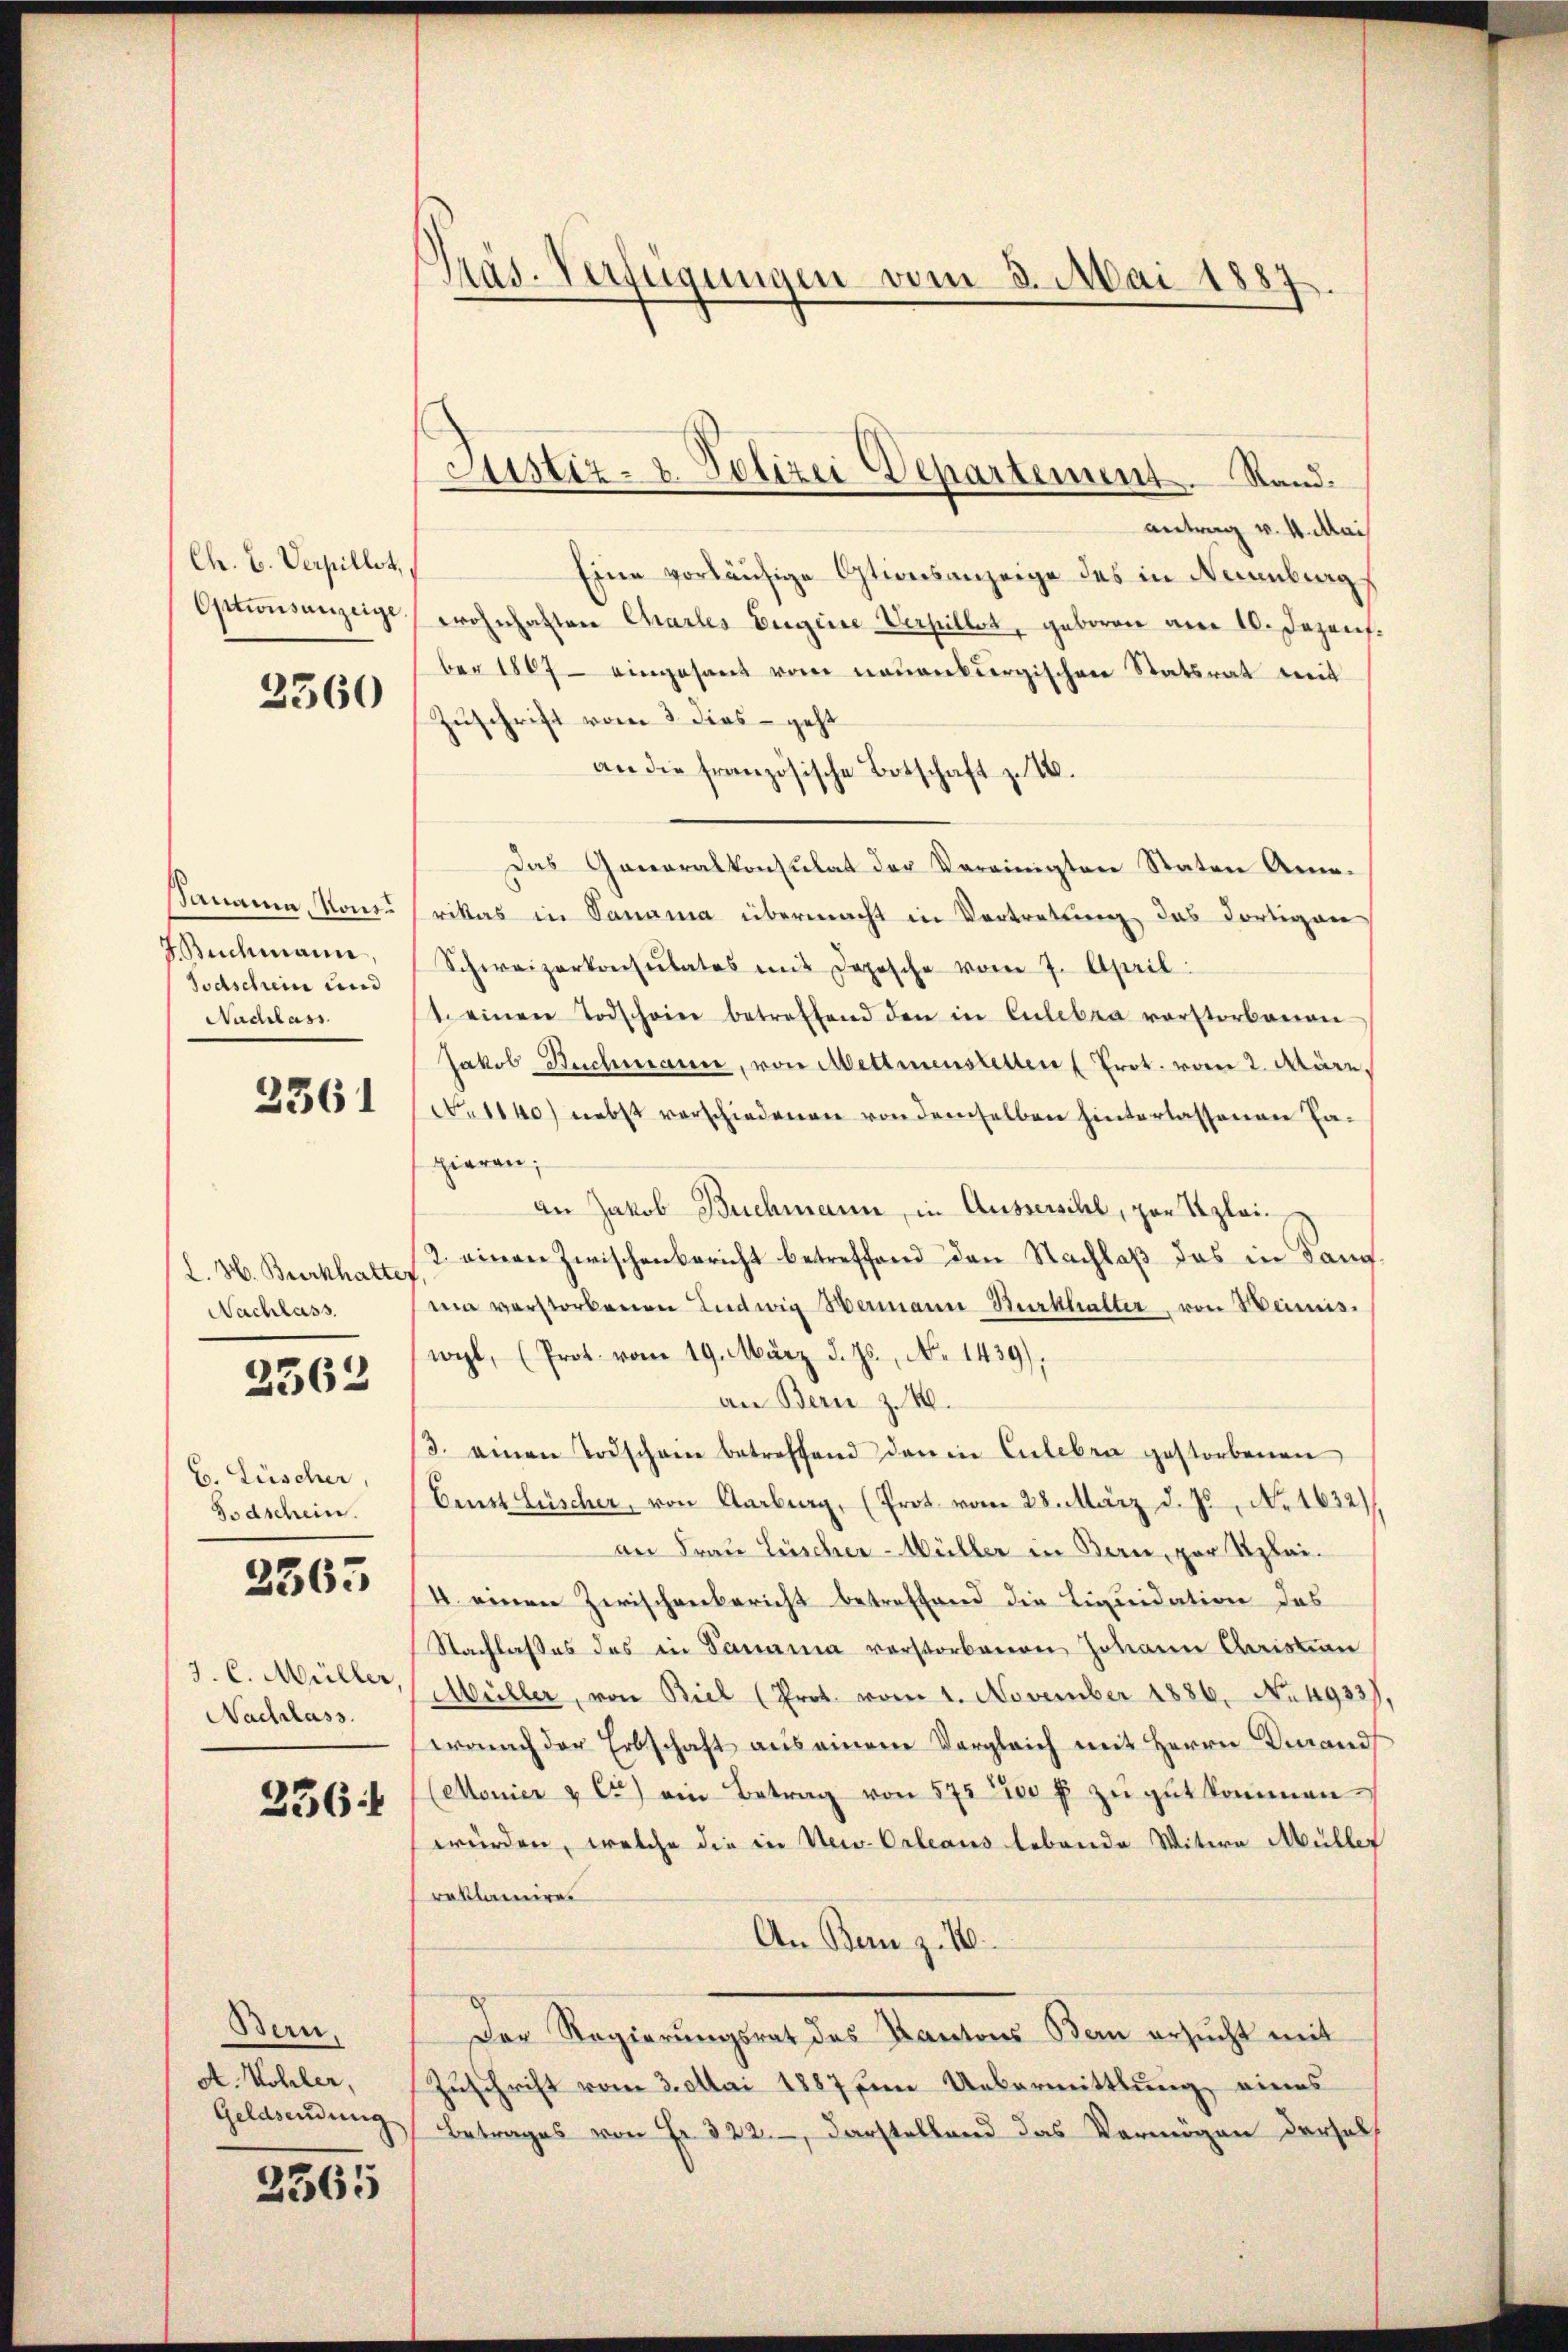
Ch. E. Verpillst,
Optionsanzeige.

3360

Samann Kons.
Buchmann
Todschein und
Nachlass

3361

L. H. Burkhalter
Nachlass.

2562

C. Lüscher,
Todschein.

2365

J. C. Müller
Nachlass

236

Bern.
A. Wohler,
Geldsendung

2365

Präs. Verfügungen vom 3. Mai 1887.

Justiz- & Polizei Departement. Stand.

antrag v. 4. Mai
Eine vorläufige Otionsanzeige des in Neantrag
wohnhaften Charles Eigeise Verpillet, geboren am 10. Jezens.
ber 1867 eingesant vom neuenkiergischen Statsrat weit
Zuschrift vom 3. dies - geht
an die französische Botschaft z. 16.
Das Generalkonsulat der Vereinigten Staten Annarikas in Panama übermacht in Vertretung, das dortigen
Schweizerkonsulates mit Depesche vom 7. April.
1. einen Todschon betreffend den in Culebra verstorbenen
Jakob Buchmann, von Mettmenstetten (Prot. vom 2. März.
No 1140) nebst verschiedenen von demselben hinterlassenen Fapieren;
an Jakob Buchmann, in Aussersihl, par Klei¬
2 einen Zwischenbericht betreffend den Nachlaß das in Kanma verstorbenen Ludwig Hermann Burkhalter, von Heimis-
wyl, (Prot. vom 19. März d. Js., No 1439),
an Bern z. B.
3. einen Todschein betreffend darin Euleben gestorbenen
Erst Lüscher, von Aarburg, (Prot. vom 28. März d. Js. No. 1632)
an Frau Lüscher-Wüller in Bern, zur Klei¬
I. einen Zwischenbericht betreffend die Liquidation das
Nachlasses des in Samama vorstorbenen Johann Christian
Müller, von Biel (Prot. vom 1. November 1886. No. 4933),
wauch der Erbschaft aus einem Vergleich mit Herrn Drands
Monier & Ct) ein Betrag von 57520 f zu gut kommen.
würden, welche die in New-Orleans lebende Witwe Müller
roklamiren
An Bern z. 10.
Der Regierŭngsrat des Kantons Bern ersŭcht mit
Zuschrift vom 3. Mai 1887 um Uebermittlung eines
Betrages von Fr. 322. Darstellend das Vermögen derselb